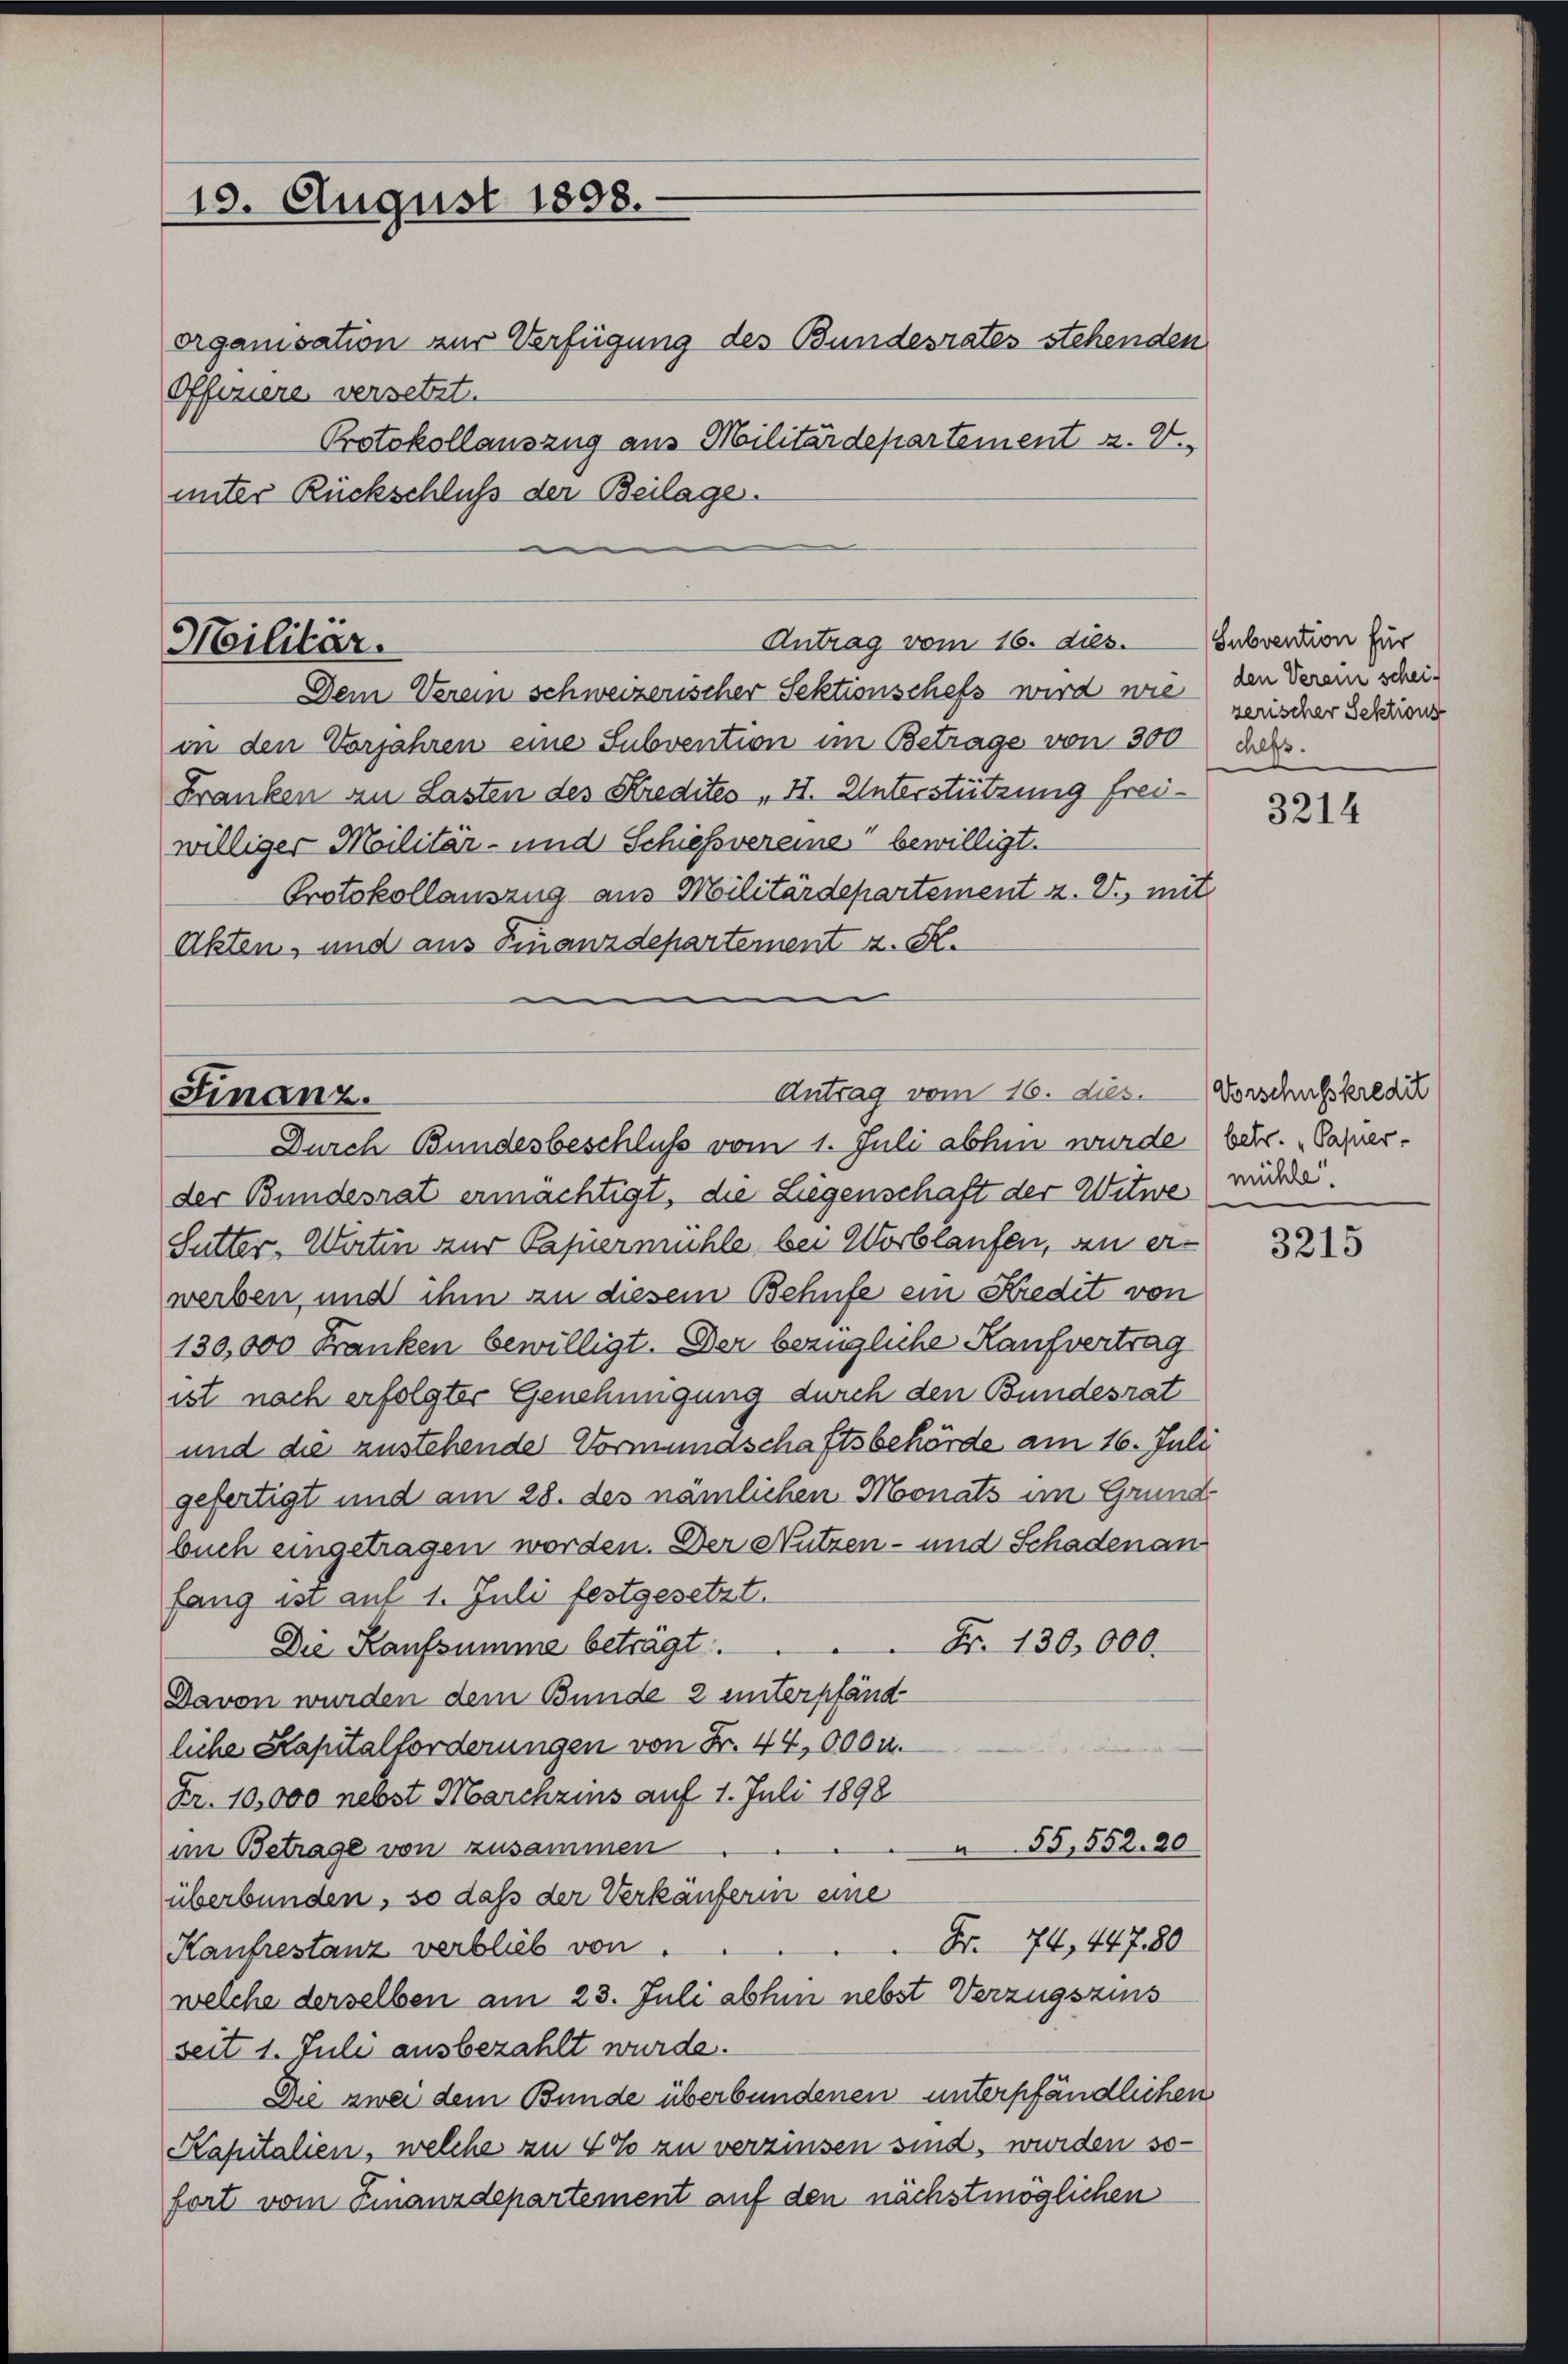
10. August 1858.

Offenere versetzt.
unter Rückschluß der Beilage.

organisation zur Verfügung des Bundesrates stehenden
Protokollauszug aus Militärdepartement z. V.

Antrag vom 16. ds. subvention für
Militar.
Dem Verein schweizerischer Sektionschefs wird wie den Verein schei¬

Antrag vom 16. dies.
Finanz.
Durch Bundesbeschluss vom 1. Juli abhin wurde (betr. Casser.

in den Vorjahren eine Subvention im Betrage von 300
Franken an Lasten des Stredites „ I. Unterstützung freiwilliger Militär- und Schiessvereine bewilligt.
Protokollauszug aus Militärdepartement z. V., mit
Akten, und aus Finanzdepartement z. S.

der Bundesrat ermächtigt, die Liegenschaft der Witwe würde.
Sutter, Werten zur Papiermühle, bei Worblaufen, an erwerben, und ihm an diesem Behufe ein Kredit von
130,000 Franken bewilligt. Der bezügliche Kaufvertrag
ist nach erfolgter Genehmigung durch den Bundesrat
und die zustehende Vormundschaftsbehörde am 16. Juli
gefertigt und am 28. des nämlichen Monats im Grund
buch eingetragen worden. Der Nutzen- und Schadenan
fang ist auf 1. Juli festgesetzt.
Fr. 130,000.
Die Kaufsumme beträgt.
Davon wurden dem Bunde 2 unterpfänd-
liche Kapitalforderungen von Fr. 44, 000 u.
Fr. 10,000 nebst Marchzins auf 1. Juli 1898
55, 552. 20
im Betrage von zusammen
überbunden, so daß der Verkäuferin eine
Fr. 74, 44780
Kaufrestanz verblieb von
welche derselben am 23. Juli abhin nebst Verzugszins
seit 1. Juli ausbezahlt wurde.
Die zwei dem Bunde überbundenen unterpfändlichen
Kapitalien, welche zu Voto zu verzinsen sind, wurden so-
fort vom Finanzdepartement auf den nächstmöglichen

zerischer Sektions
chefs.

3214

Vorschusskredit

3215